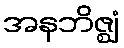
အနဘိဇ္ဈံ